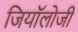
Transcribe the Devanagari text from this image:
जियॉलोजी